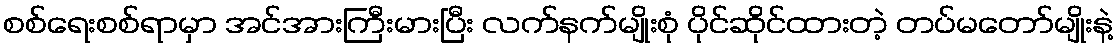
စစ်ရေးစစ်ရာမှာ အင်အားကြီးမားပြီး လက်နက်မျိုးစုံ ပိုင်ဆိုင်ထားတဲ့ တပ်မတော်မျိုးနဲ့